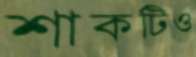
শাকটিও